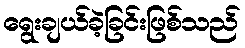
ရွေးချယ်ခဲ့ခြင်းဖြစ်သည်